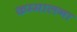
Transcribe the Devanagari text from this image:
कम्मालना